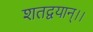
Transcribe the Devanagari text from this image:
शतद्वयान्।।